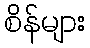
စိန်များ